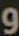
و